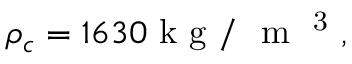
{ { \rho } _ { c } } = 1 6 3 0 \mathrm { ~ k ~ g ~ / ~ } { { \mathrm { ~ m ~ } } ^ { \mathrm { ~ 3 ~ } } } ,